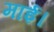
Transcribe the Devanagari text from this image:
माई।